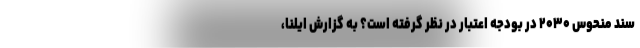
سند منحوس ۲۰۳۰ در بودجه اعتبار در نظر گرفته است؟ به گزارش ایلنا،